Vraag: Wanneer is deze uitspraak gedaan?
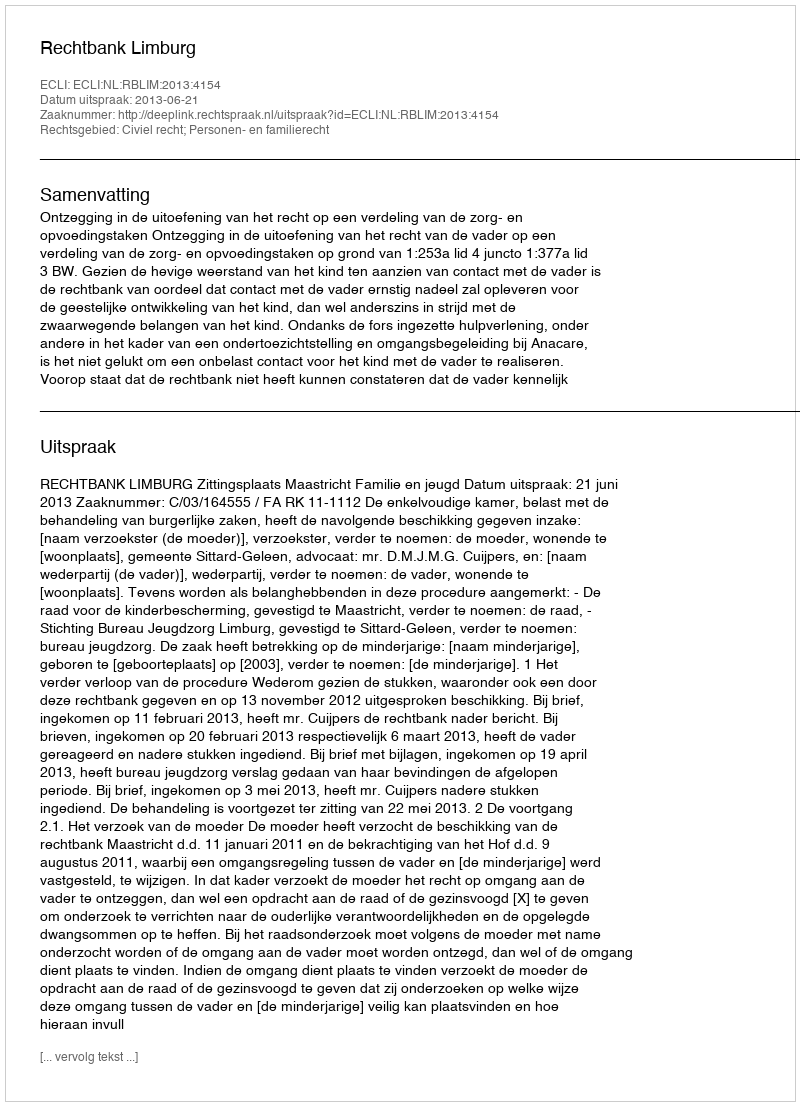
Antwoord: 2013-06-21